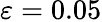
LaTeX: \varepsilon=0.05